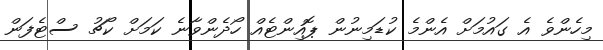
މިހެންވެ އެ ގައުމަށް އެންމެ ކުޑަމިނުން ޕޮއިންޓެއް ހޯދެންވާނެ ކަމަށް ކޯޗު ސްޓެފަން